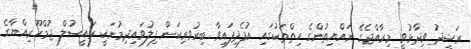
ރަޝީދު ވިދާޅުވީ މިރާއްޖެގެ ރައްޔިތުންގެ ހިތްތަކުގައި އުފެދިފައިވާ ބިރުވރިކަން ފިލުވައިދިމުނަކީ ރައީސުލް ޖުމްހޫރިއްޔާގެ